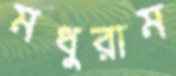
মধুরাম